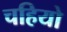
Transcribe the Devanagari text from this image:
चहियो